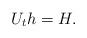
LaTeX: \begin{align*}U_t h = H.\end{align*}